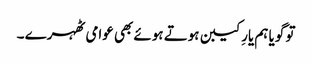
تو گویا ہم یارِ کیبن ہوتے ہوئے بھی عوامی ٹھہرے ۔